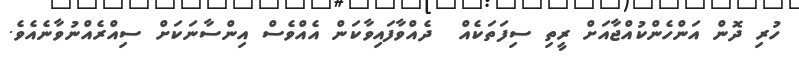
ހުރި ދޮން އަންހެންކުއްޖާއަށް ރީތި ސިފަތަކެއް  ދެއްވާފައިވާކަން އެއްވެސް އިންސާނަކަށް ސިއްރެއްނުވާނެއެވެ.